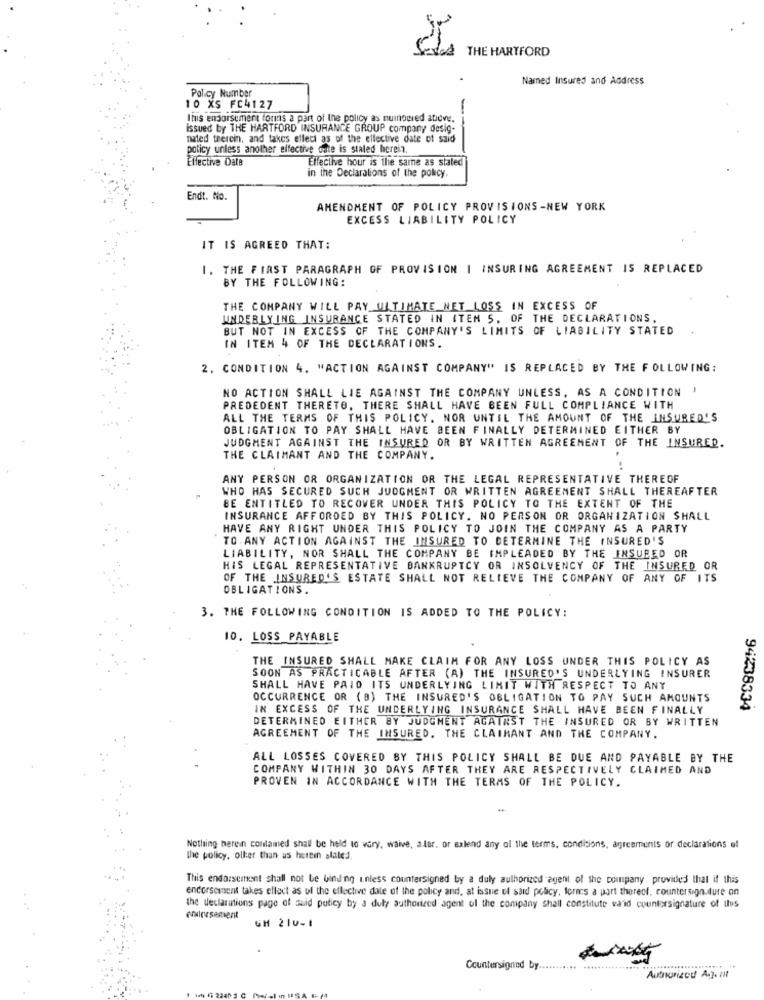
&& THE HARTFORD
Named Insured and Address
Policy Number
10 XS FC4127
Itus endorsement forns a part of the policy as nuinowied above.
--
issued by THE HARTFORD INSURANCE GROUP company desig-
nated therein, and takes elleci as of the ellective date of said
policy unless another effective date is stated herein.
Effective Date
Elleclive hour is the same as stated
in the Declarations of the policy.
Endt. No.
AMENDMENT OF POLICY PROVISIONS-NEW YORK
EXCESS LIABILITY POLICY
IT IS AGREED THAT:
1. THE FIRST PARAGRAPH OF PROVISION | INSURING AGREEMENT IS REPLACED
BY THE FOLLOWING:
THE COMPANY WILL PAY ULTIMATE NET LOSS IN EXCESS OF
UNDERLYING INSURANCE STATED IN ITEM 5. OF THE DECLARATIONS,
BUT NOT IN EXCESS OF THE COMPANY'S LIMITS OF LIABILITY STATED
IN ITEM 4 OF THE DECLARATIONS.
2. CONDITION 4. "ACTION AGAINST COMPANY" IS REPLACED BY THE FOLLOWING:
NO ACTION SHALL LIE AGAINST THE COMPANY UNLESS, AS A CONDITION !
PREDEDENT THERETO, THERE SHALL HAVE BEEN FULL COMPLIANCE WITH
ALL THE TERMS OF THIS POLICY. NOR UNTIL THE AMOUNT OF THE INSURED'S
OBLIGATION TO PAY SHALL HAVE BEEN FINALLY DETERMINED EITHER BY
JUDGMENT AGAINST THE INSURED OR BY WRITTEN AGREEMENT OF THE INSURED.
THE CLAIMANT AND THE COMPANY.
ANY PERSON OR ORGANIZATION OR THE LEGAL REPRESENTATIVE THEREOF
WHO HAS SECURED SUCH JUDGMENT OR WRITTEN AGREEMENT SHALL THEREAFTER
BE ENTITLED TO RECOVER UNDER THIS POLICY TO THE EXTENT OF THE
INSURANCE AFFORDED BY THIS POLICY. NO PERSON OR ORGANIZATION SHALL
HAVE ANY RIGHT UNDER THIS POLICY TO JOIN THE COMPANY AS A PARTY
TO ANY ACTION AGAINST THE INSURED TO DETERMINE THE INSURED'S
LIABILITY, NOR SHALL THE COMPANY BE IMPLEADED BY THE INSURED OR
HIS LEGAL REPRESENTATIVE BANKRUPTCY OR INSOLVENCY OF THE INSURED OR
OF THE INSURED'S ESTATE SHALL NOT RELIEVE THE COMPANY OF ANY OF ITS
OBLIGATIONS.
3. THE FOLLOWING CONDITION IS ADDED TO THE POLICY:
10. LOSS PAYABLE
THE INSURED SHALL MAKE CLAIM FOR ANY LOSS UNDER THIS POLICY AS
SOON AS PRACTICABLE AFTER (A) THE INSURED'S UNDERLYING INSURER
SHALL HAVE PAID ITS UNDERLYING LIMIT WITH RESPECT TO ANY
OCCURRENCE OR (B) THE INSURED'S OBLIGATION TO PAY SUCH AMOUNTS
IN EXCESS OF THE UNDERLYING INSURANCE SHALL HAVE BEEN FINALLY
94238334
DETERMINED EITHER BY JUDGMENT AGAINST THE INSURED OR BY WRITTEN
AGREEMENT OF THE INSURED. THE CLAIMANT AND THE COMPANY.
ALL LOSSES COVERED BY THIS POLICY SHALL BE DUE AND PAYABLE BY THE
COMPANY WITHIN 30 DAYS AFTER THEY ARE RESPECTIVELY CLAIMED AND
PROVEN IN ACCORDANCE WITH THE TERMS OF THE POLICY.
Nothing herein contamed shall be held to vary, waive, a-lar. or exlend any of the terms. conditions, agreements of declarations of
the policy, oller than us herein alaled.
This endorsement shall not be binding inless countersigned by a duly authorized agent of the company provided that if this
endorsement takes effect as ul the effective date of the policy and, at issue of said policy, form's a part thereof, countersignature on
the declarations page of said policy by a duly authorized agent of the company Shall constitute vaid countersignature of this
endorsement
GH 210-1
Countersigned by ........... ............
Authorized A.j. : Il